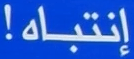
إنتباه!